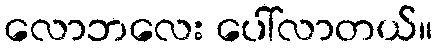
လောဘလေး ပေါ်လာတယ်။